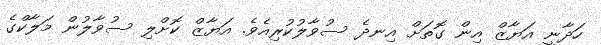
ހަދާނީ އަޔާޒް އިން ގޮތަށް އިނދެ ސުވާލުކުރިއެވެ. އަޔާޒް ކޮށްލި ސުވާލުން މަލާކްގެ